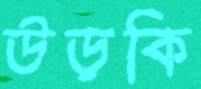
উড়কি